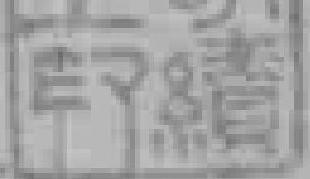
宁睛